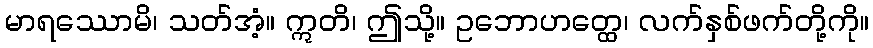
မာရဿောမိ၊ သတ်အံ့။ ဣတိ၊ ဤသို့။ ဥဘောဟတ္ထေ၊ လက်နှစ်ဖက်တို့ကို။